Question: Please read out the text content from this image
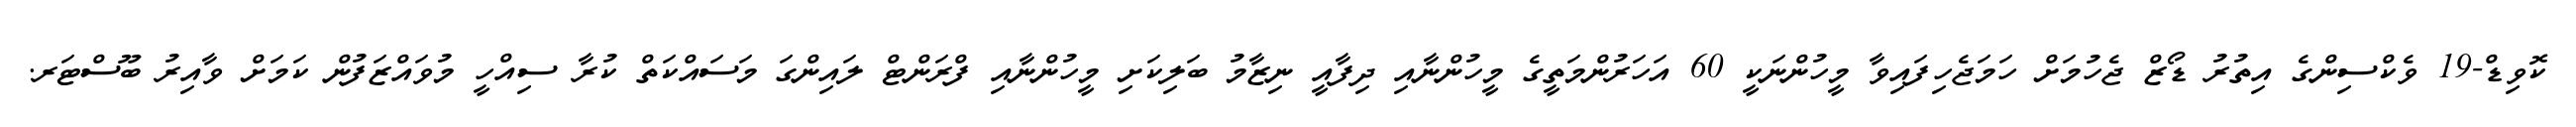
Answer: ކޮވިޑް-19 ވެކްސިންގެ އިތުރު ޑޯޒް ޖެހުމަށް ހަމަޖެހިފައިވާ މީހުންނަކީ 60 އަހަރުންމަތީގެ މީހުންނާއި ދިފާއީ ނިޒާމު ބަލިކަށި މީހުންނާއި ފްރަންޓް ލައިންގަ މަސައްކަތް ކުރާ ސިއްހީ މުވައްޒަފުން ކަމަށް ވާއިރު ބޫސްޓަރ.